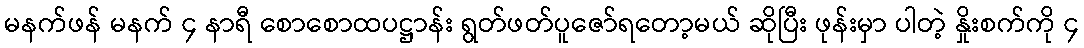
မနက်ဖန် မနက် ၄ နာရီ စောစောထပဋ္ဌာန်း ရွတ်ဖတ်ပူဇော်ရတော့မယ် ဆိုပြီး ဖုန်းမှာ ပါတဲ့ နှိုးစက်ကို ၄